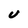
Character: U